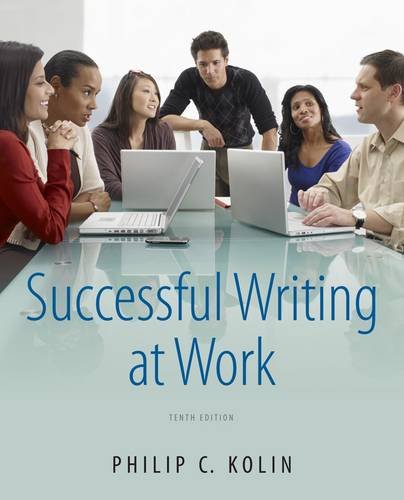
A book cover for Successful Writing at Work; Philip C. Kolin; Business & Money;